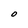
Character: O